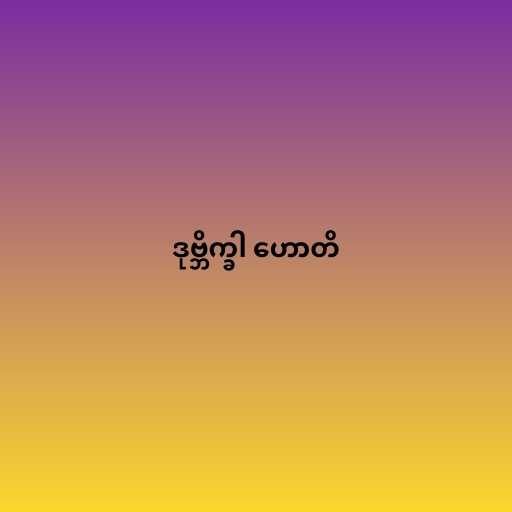
ဒုဗ္ဘိက္ခါ ဟောတိ